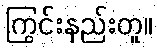
ကြွင်းနည်းတူ။